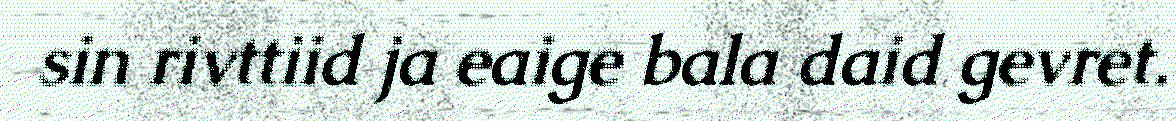
sin rivttiid ja eaige bala daid gevret.